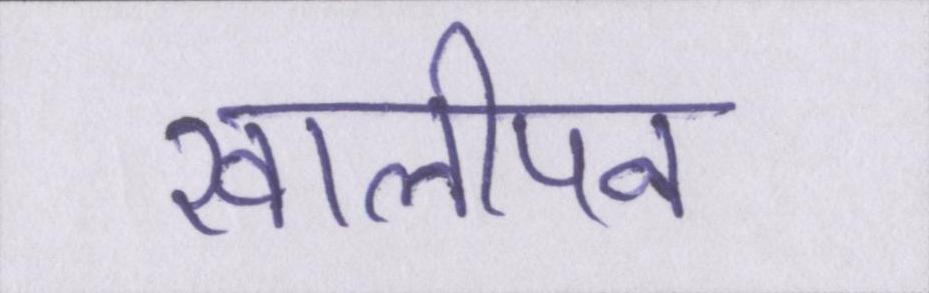
खालीपन